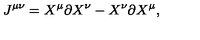
J ^ { \mu \nu } = X ^ { \mu } \partial X ^ { \nu } - X ^ { \nu } \partial X ^ { \mu } ,